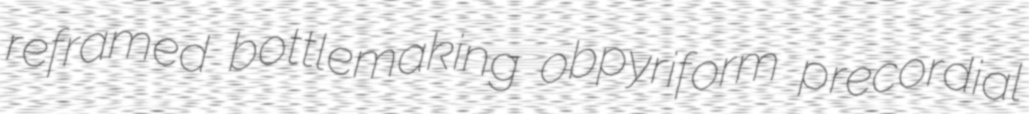
reframed bottlemaking obpyriform precordial